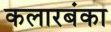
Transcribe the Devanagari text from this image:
कलारबंका